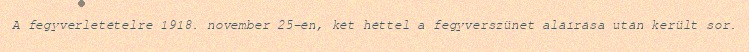
A fegyverletételre 1918. november 25-én, két héttel a fegyverszünet aláírása után került sor.